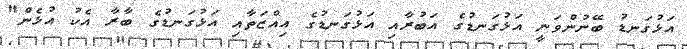
އަޅުގަނޑު ބޭނުންވަނީ އަޅުގަނޑުގެ އަބުރާއި އަޅުގަނޑުގެ އިއްޒަތާއި އަޅުގަނޑުގެ ބާރާ އެކު އުޅެން"